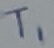
Text: T1